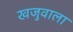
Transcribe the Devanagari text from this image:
खजुवाला